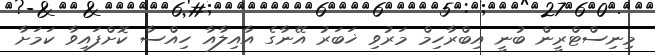
މިނިސްޓްރީން ބުނީ އިބްރާހިމް މަރުވި ޚަބަރު އޭނާގެ އާއިލާއާ ހިއްސާ ކޮށްފައިވާ ކަމަށާ